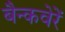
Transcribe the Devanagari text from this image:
बैन्कवेरें